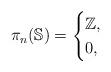
LaTeX: \begin{align*}\pi_n(\mathbb{S}) = \begin{cases}\mathbb{Z}, &\\0, &\end{cases}\end{align*}